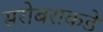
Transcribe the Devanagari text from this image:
सरोबराकडे